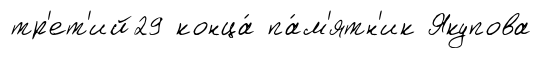
тр'ет'ий29 конца́ па́м'ятн'ик Якупова